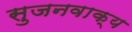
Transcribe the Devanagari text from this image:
सुजनवाक्य